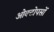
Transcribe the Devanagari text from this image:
ओक्टोपसों